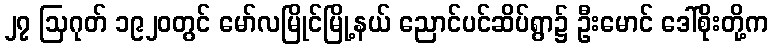
၂၇ ဩဂုတ် ၁၉၂၀တွင် မော်လမြိုင်မြို့နယ် ညောင်ပင်ဆိပ်ရွာ၌ ဦးမောင် ဒေါ်စိုးတို့က